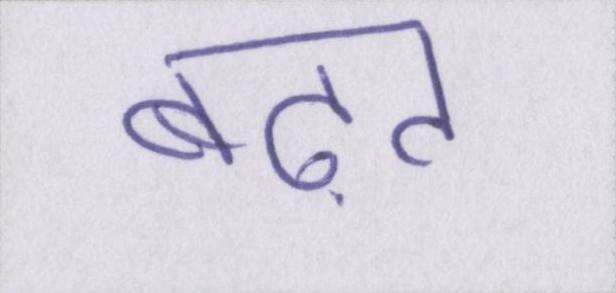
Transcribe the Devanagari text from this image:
बढ़त